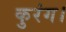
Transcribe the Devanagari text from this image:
कुरंग।